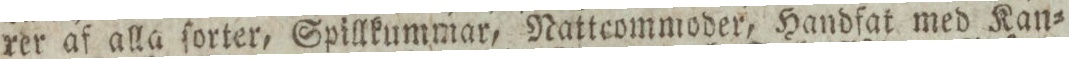
rer af alla ſorter, Spillkummar, Nattcommoder, Handfat med Kan=